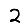
Digit: 2